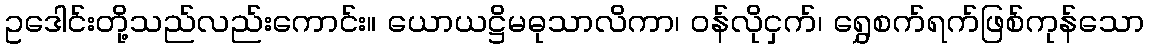
ဥဒေါင်းတို့သည်လည်းကောင်း။ ယောယဋ္ဌိမဓုသာလိကာ၊ ဝန်လိုငှက်၊ ရွှေစက်ရက်ဖြစ်ကုန်သော